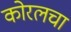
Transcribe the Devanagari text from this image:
कोरलचा